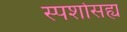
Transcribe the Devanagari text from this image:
स्पर्शासह्य